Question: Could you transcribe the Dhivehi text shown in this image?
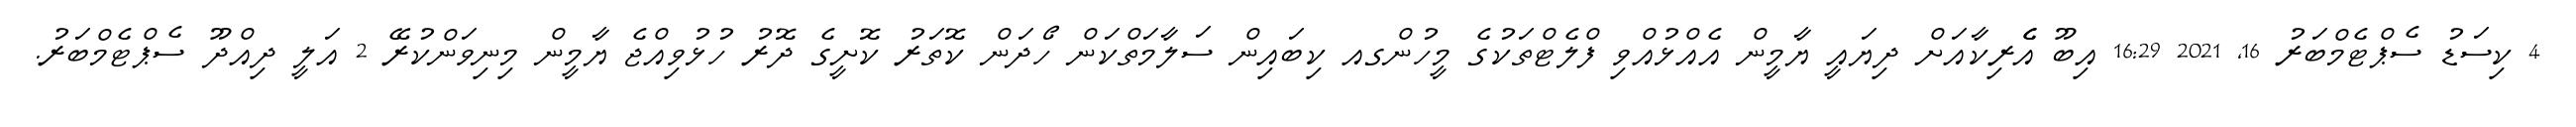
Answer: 4 ކިސަޑު ސެޕްޓެމްބަރު 16, 2021 16:29 އިބޫ އެެރިކާއަށް ދިޔައީ ޔާމީން އެއްޅުއްވި ފްލެޓްތަކުގެ މީހުންގއ ކިބައިން ސަލާމަތްކަން ހޯދަން ކޮތަރު ކޮށީގެ ދޮރު ހުޅުވިއްޖެ ޔާމީން މިނިވަންކުރޭ 2 އަލީ ދިއްދޫ ސެޕްޓެމްބަރު.